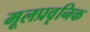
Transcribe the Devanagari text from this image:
मूलप्रवृनिक